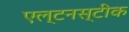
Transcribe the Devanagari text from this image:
एल्टनस्टीक